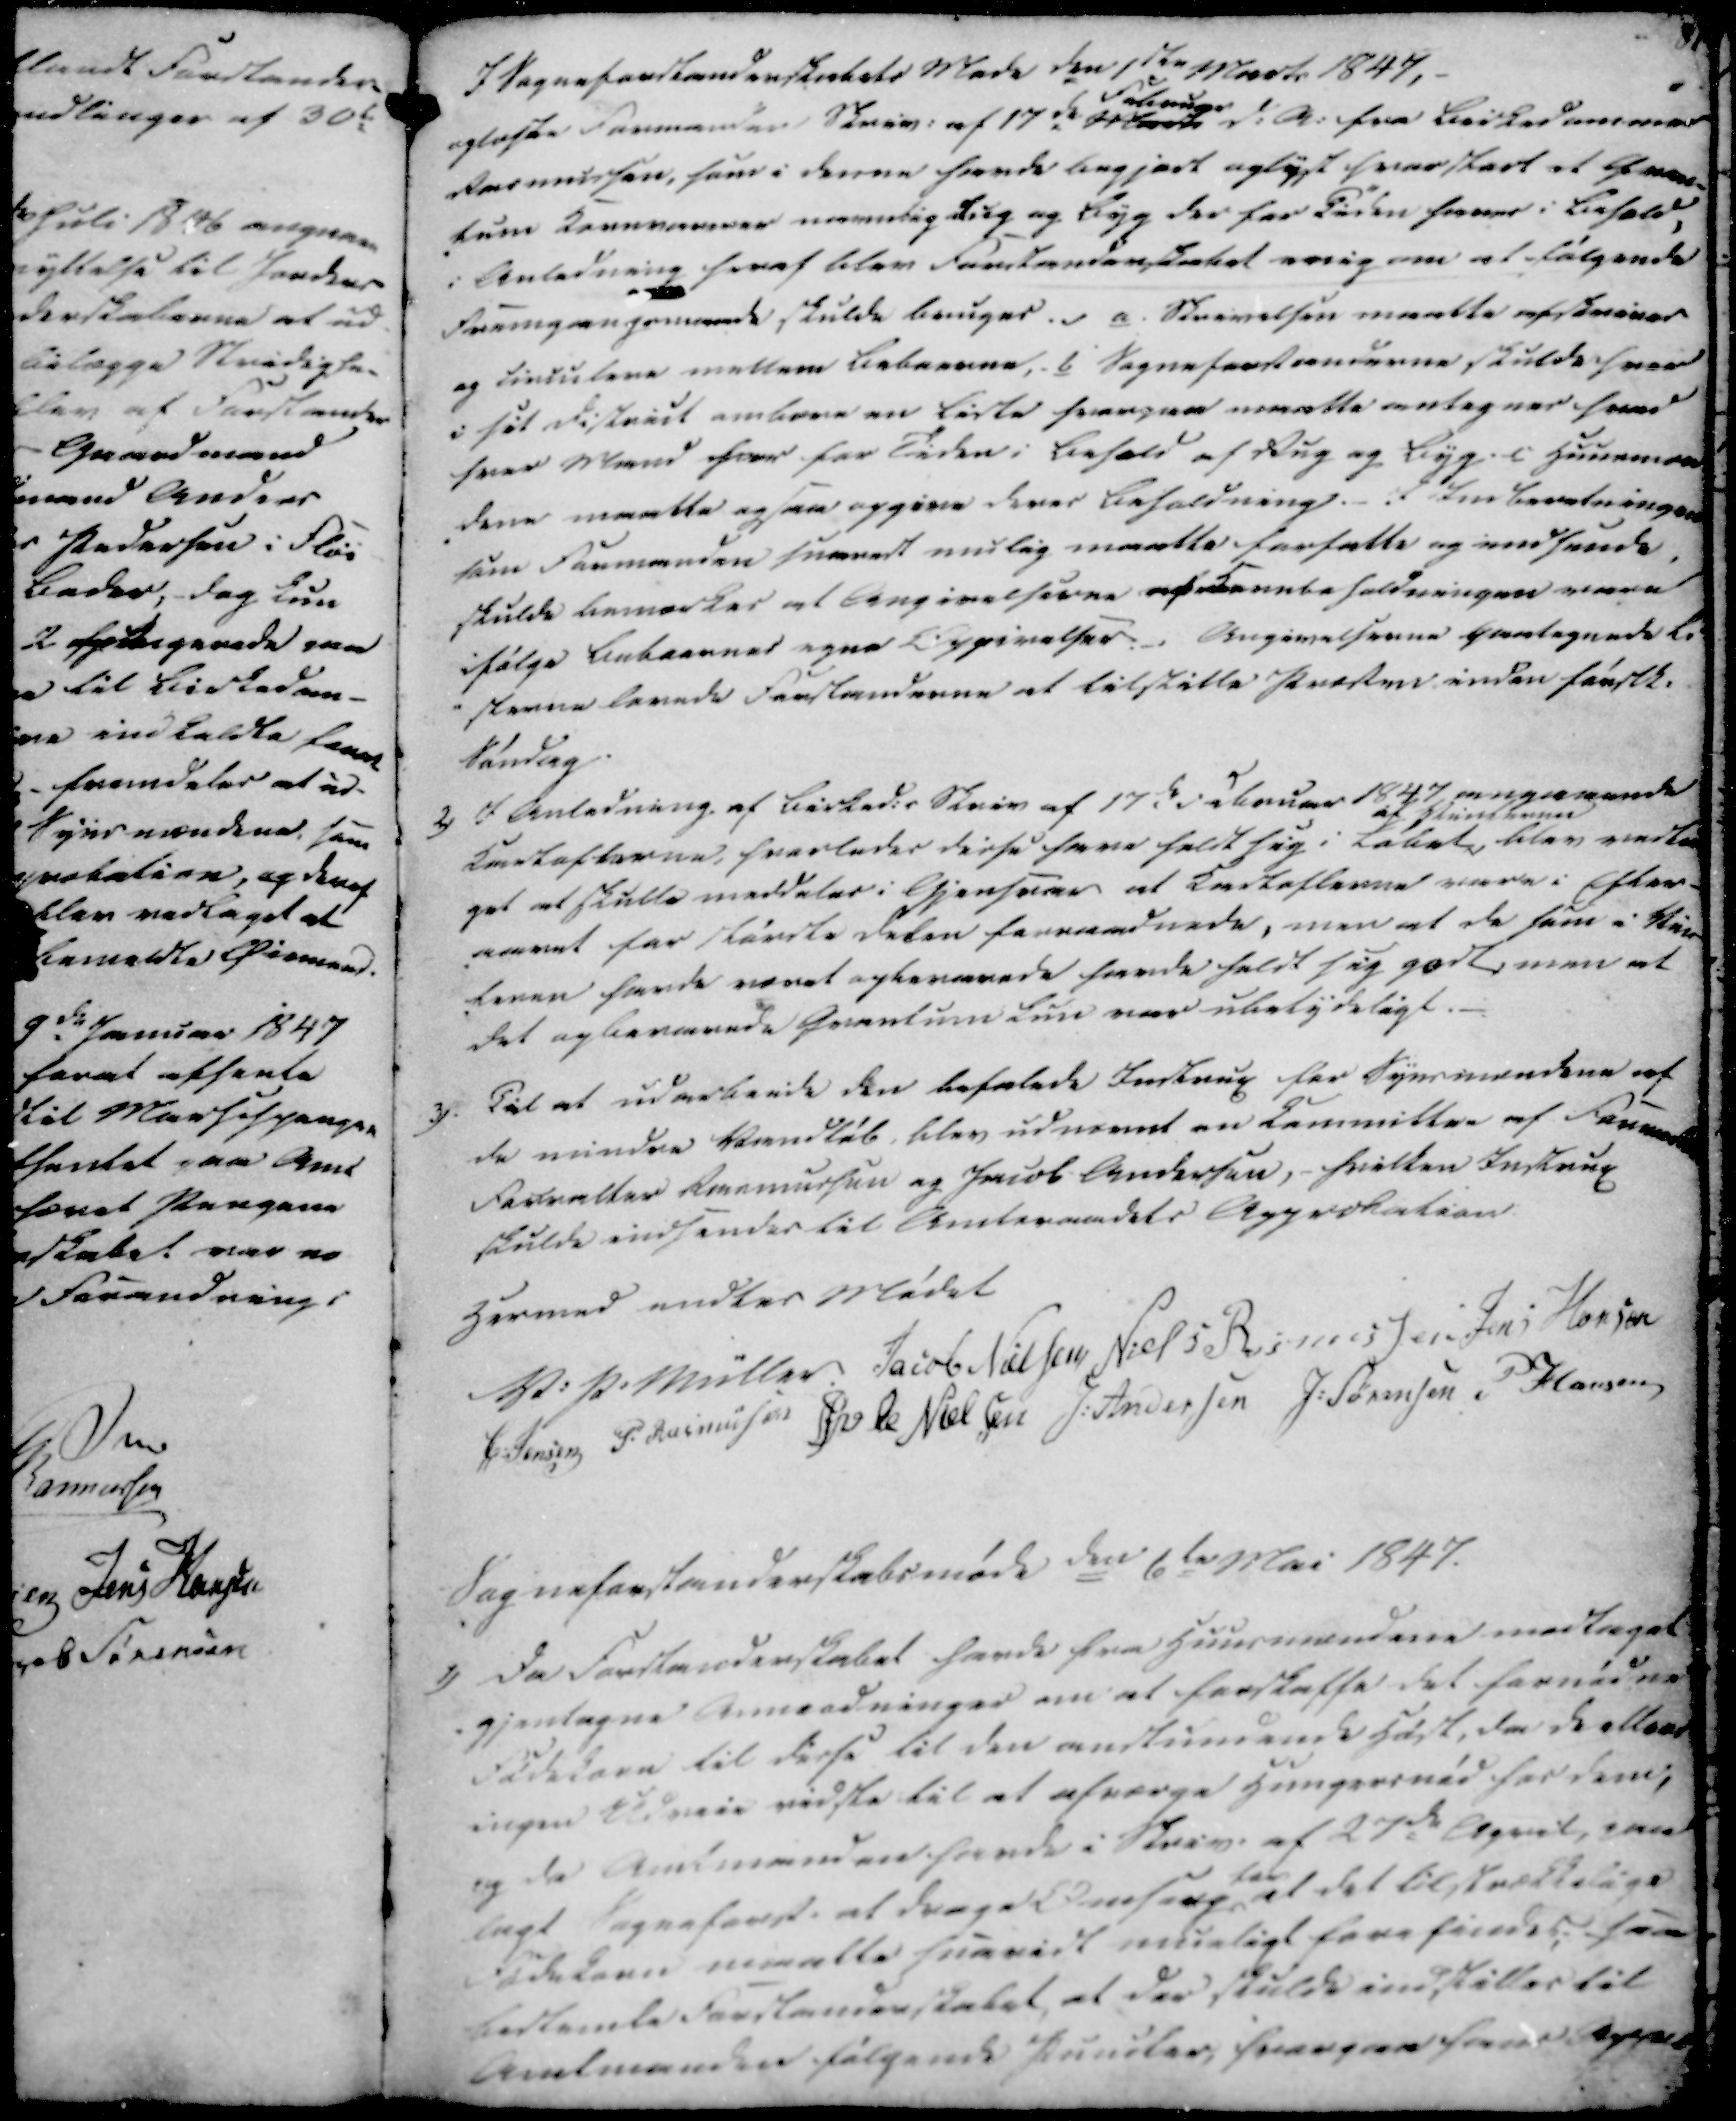
Transskription:
I Sogneforstandenskabets Møde den 1ste Novbr 1847, -
oplæste Formanden Skriv. af 17de Marts
Februar
d. A. fra Birkedommer
Rasmussen, som i denne havde begjært oplyst hvor stort et Gruus-
tun kornvareres navnlig Rug og Byg der for Tiden haves i behold,
i Anledning heraf blev Forstanderskabet enig om at følgende
Fremgangsmaade skulde bruges. a. Skrivelsen maatte af afskrives
og Circulere mellem Beboerne, b Sogneforstanderne skulde hver
i sit district ombære en Liste hvorpaa maatte antegnes hvad
hver Mand haver for Tiden i Behold af Rug og Byg i Huusman
dene maatte ogsaa opgive deres Beholdning. I Indberetningen
som Formanden snarest mulig maatte forfatte og indsende,
skulde bemærkes at Angivelserne af kornbeholdningen varemaan
ifølge Beboernes egne Oplysninger. Angivelserne paategnede Li
-sterne lovede Forstanderne at tilstille Præsten inden førstk.
Søndag.

2)

I Anledning af Birked.s Skriv af 17de Februar 1847 angaaende
Kartoflerne, hvorledes disse have holdt sig i Løbet
af Vinteren
blev vedta
get at skulle meddeles i Gjensvar, at Kartoflerne være i Efter-
aaret for største delen forraadnede, men at de som i Vin
teren havde været opbevarede havde holdt sig godt, men at
det opbevarede Qvantium kun var ubetydeligt.

3). Til at udarbeide den befalede Indtrup for Synsmændene af
de mindre Vandløb blev udnævnt en Committee af Formanden
Forvalter Rasmussen og Jacob Andersen, - hvilken Indtrup
skulde indsendes til Amtsraadets Approbation.

Hermed endtes Mødet

V. P. Müller
Jacob Nielsen
Niels Rasmussen
Jens Hansen
C. Jensen
P. Rasmussen
Øvle Nielsen
J. Andersen
J. Sørensen
P Hansen

Sogneforstanderskabsmøde den 6te Mai 1847.

1) Da Forstanderskabet havde fra Huusmændene modtaget
gjentagne Anmodninger om at forskaffe det fornødne
Fødekorn til disse til den anstundende Høst, da de ellers
ingen Udveie vidste til at afværge Hungersnød for dem,
og da Amtmanden havde i Skriv. af 27de April, paa-
lagt Sogneforst. at drage Omsorg
for
at det tilstrækkelige
Føde Canes maatte saavidt mueligt have findes saa
bestemte Forstanderskabet, at der skulde indstilles til
Amtmanden følgende Puncter hvorpaa han Appro